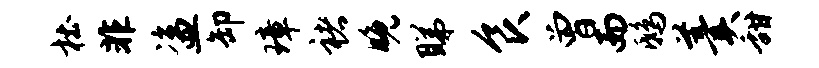
杜非盗卸璋褚晚睇食曾而鸱羹甜